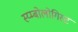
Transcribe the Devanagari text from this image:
स्य्म्बोलोगिस्ट